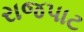
રાજપાટ